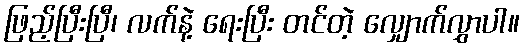
ဖြည့်ပြီးပြီ၊ လက်နဲ့ ရေးပြီး တင်တဲ့ လျှောက်လွှာပါ။